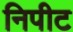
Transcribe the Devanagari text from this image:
निपीट